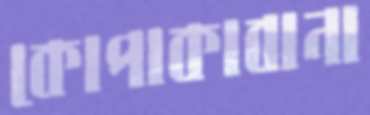
কোপাকাবানা